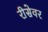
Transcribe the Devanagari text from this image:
रीसेवर